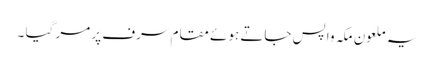
یہ ملعون مکہ واپس جاتے ہوئے مقام سرف پر مر گیا ۔